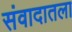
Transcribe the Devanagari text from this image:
संवादातला